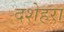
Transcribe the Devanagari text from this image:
दशेहरा